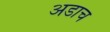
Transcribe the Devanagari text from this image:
अडाच